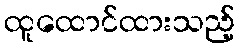
ထူထောင်ထားသည့်